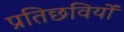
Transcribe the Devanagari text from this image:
प्रतिछवियों